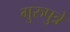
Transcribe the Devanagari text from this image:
गुरुपुत्रे